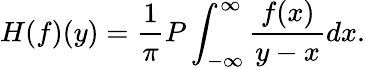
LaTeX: H(f)(y)=\frac{1}{\pi}P\int_{-\infty}^{\infty}\frac{f(x)}{y-x}dx.